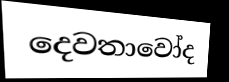
දෙවතාවෝද